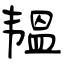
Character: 韫